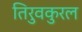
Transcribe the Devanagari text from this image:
तिरुवकुरल